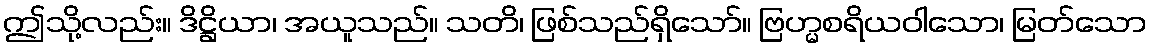
ဤသို့လည်း။ ဒိဋ္ဌိယာ၊ အယူသည်။ သတိ၊ ဖြစ်သည်ရှိသော်။ ဗြဟ္မစရိယဝါသော၊ မြတ်သော